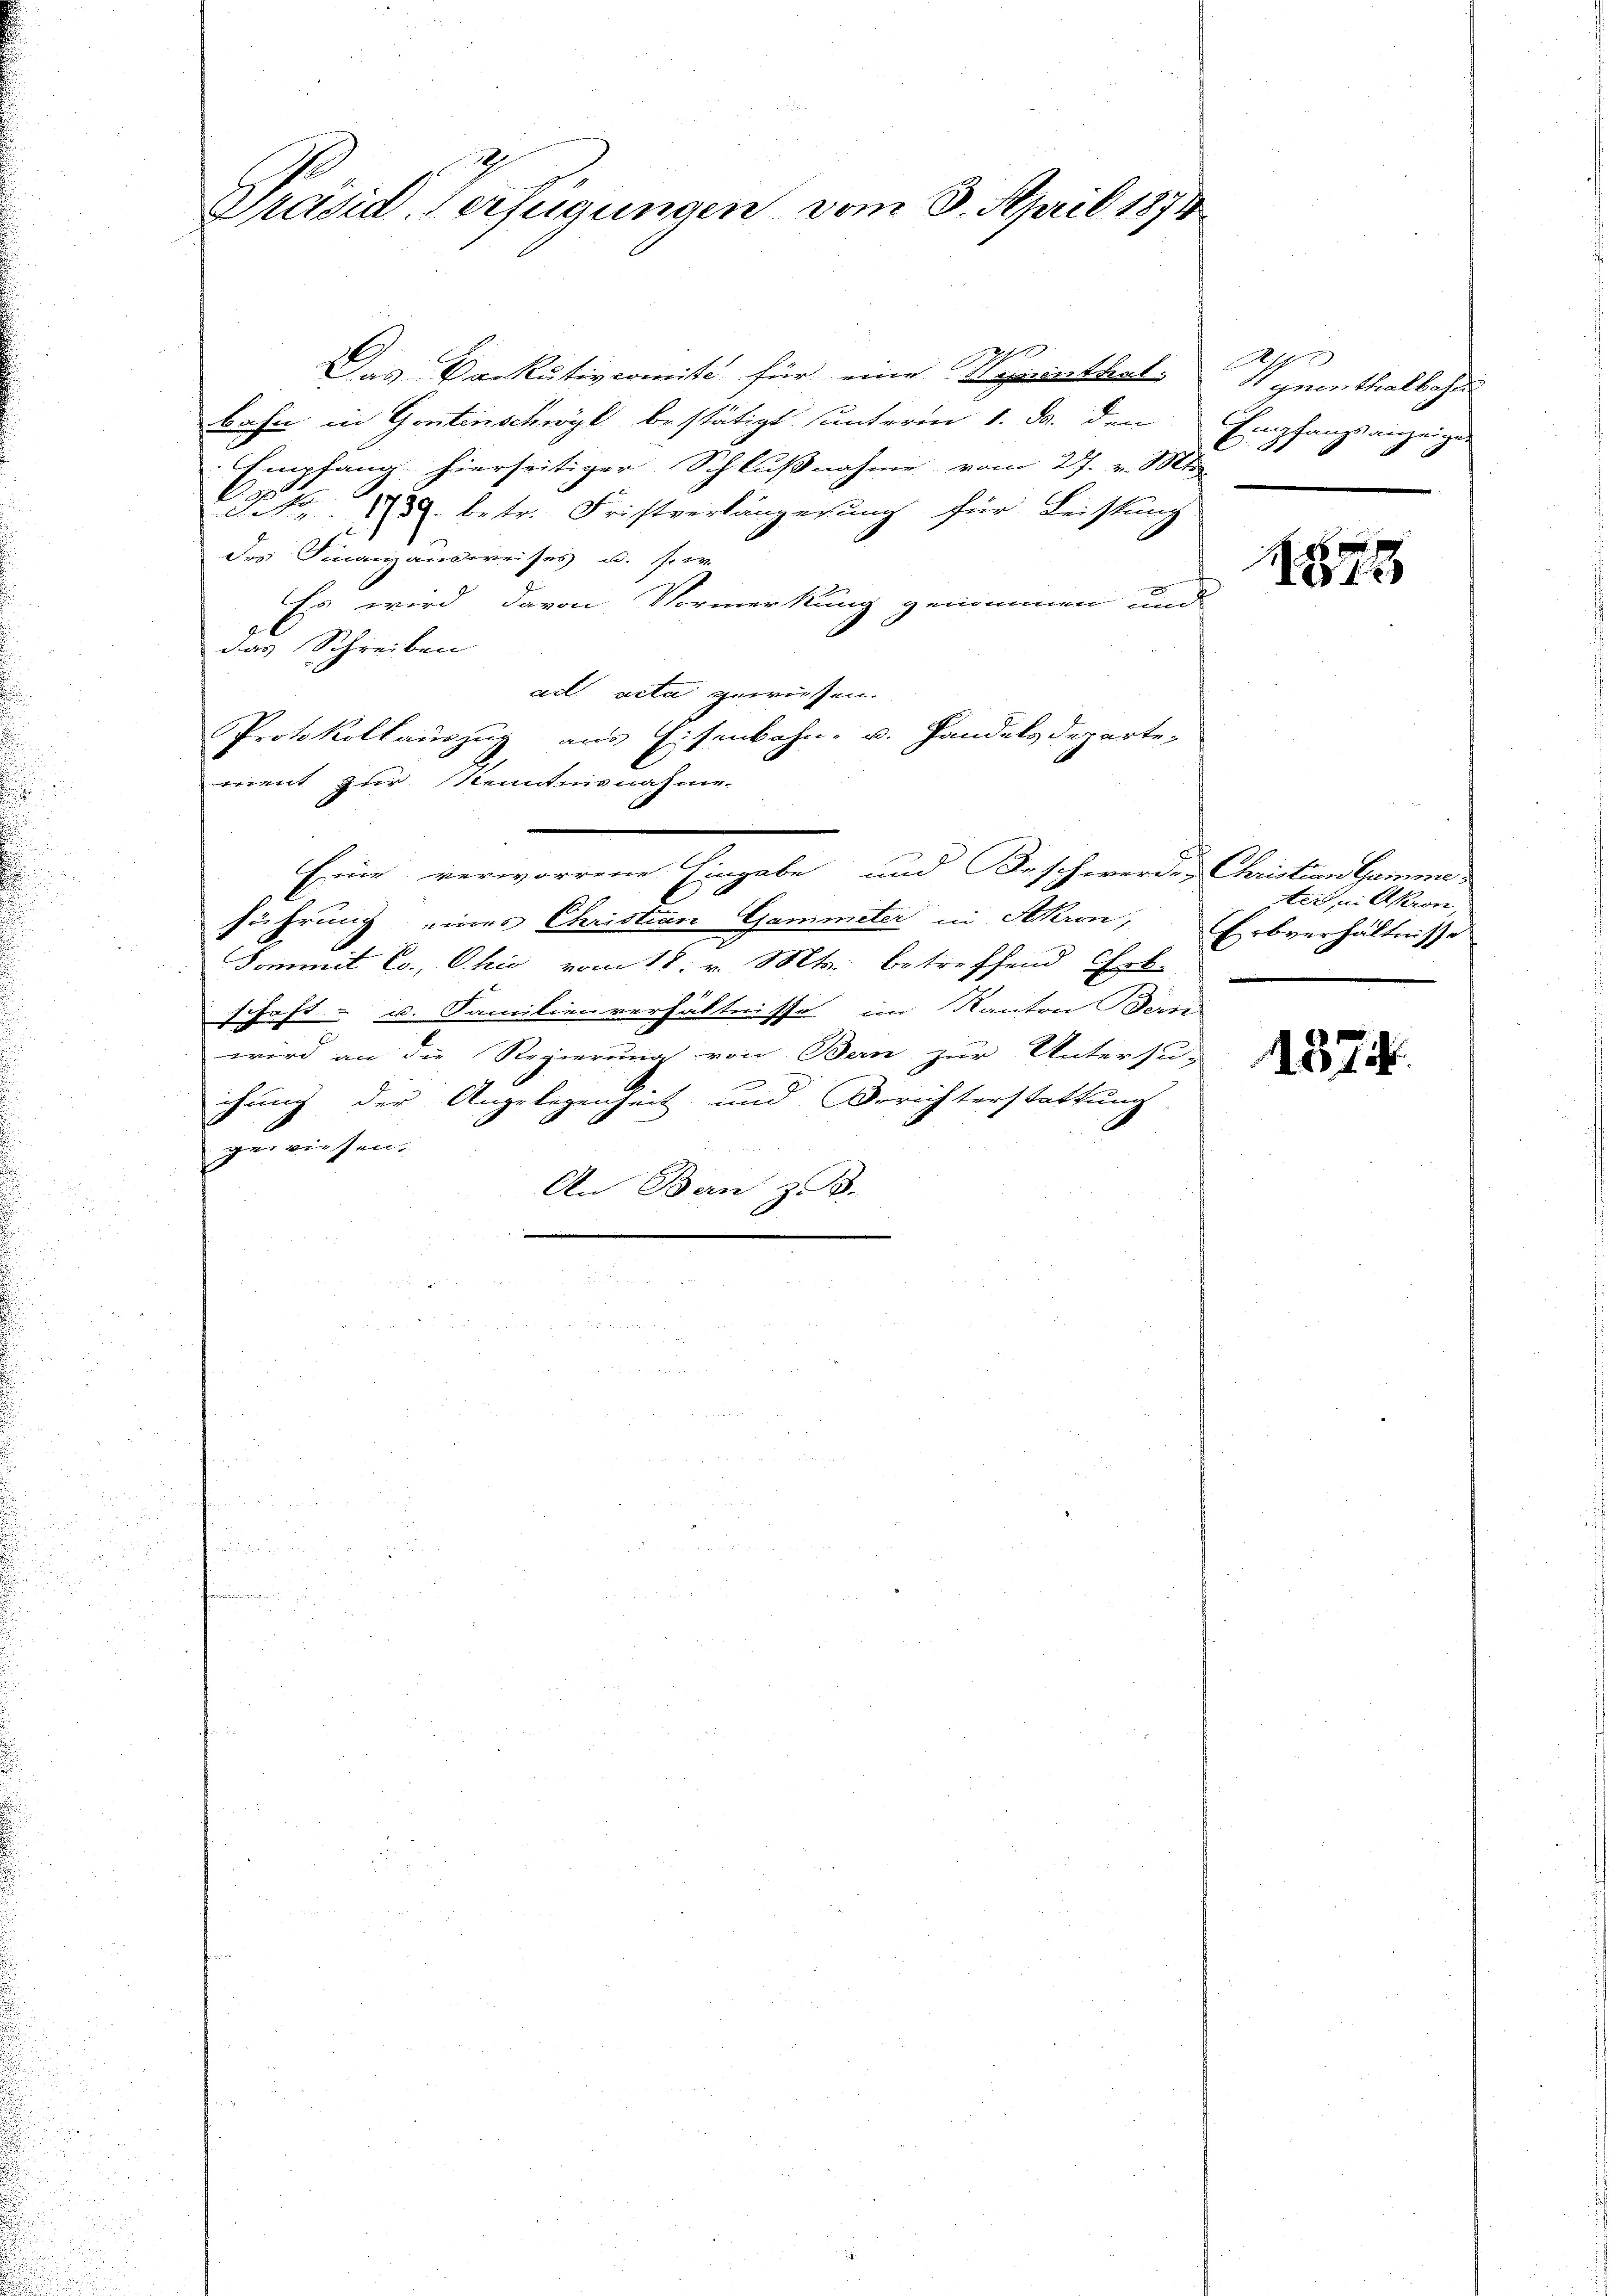
i
n

Das Vorkutivcomite für eine Nominthal-
Bahn in Gontenschwyl bestätigt unterin 1. d. den
Empfang hierseitiger Schlußnahme vom 27. v. Mts.
C. No. 12. betr. Fristverlängesung für Leistung
des Finanzausweises u. sr.
Es wird davon Vormerkung genommen und
das Schreiben
ad acta gewiesen.
Protokollauszug aus Eisenbahn- u. Handelsdeparte-
errent zur Kenntnisnahme.
Eine verworrene Eingabe und Beschwerdes Christian Gemme,
führung eines Christian Gammeter in Akron,
Kommit Co., Ohio vom 18. v. Mts. betreffend Erb-
schaft- u. Familienverhältnisse im Kanton Bern
wird an die Regierung von Bern zur Untersu-
n
chung der Angelegenheit und Berichterstattung
gewiesen.
An Bern z. B.

Präsid. Verfügungen vom 8. April 1874

Vynenthalbahr
Empfang
angef
81

188

tei, in Akron
Erbverhältnisse

1874.